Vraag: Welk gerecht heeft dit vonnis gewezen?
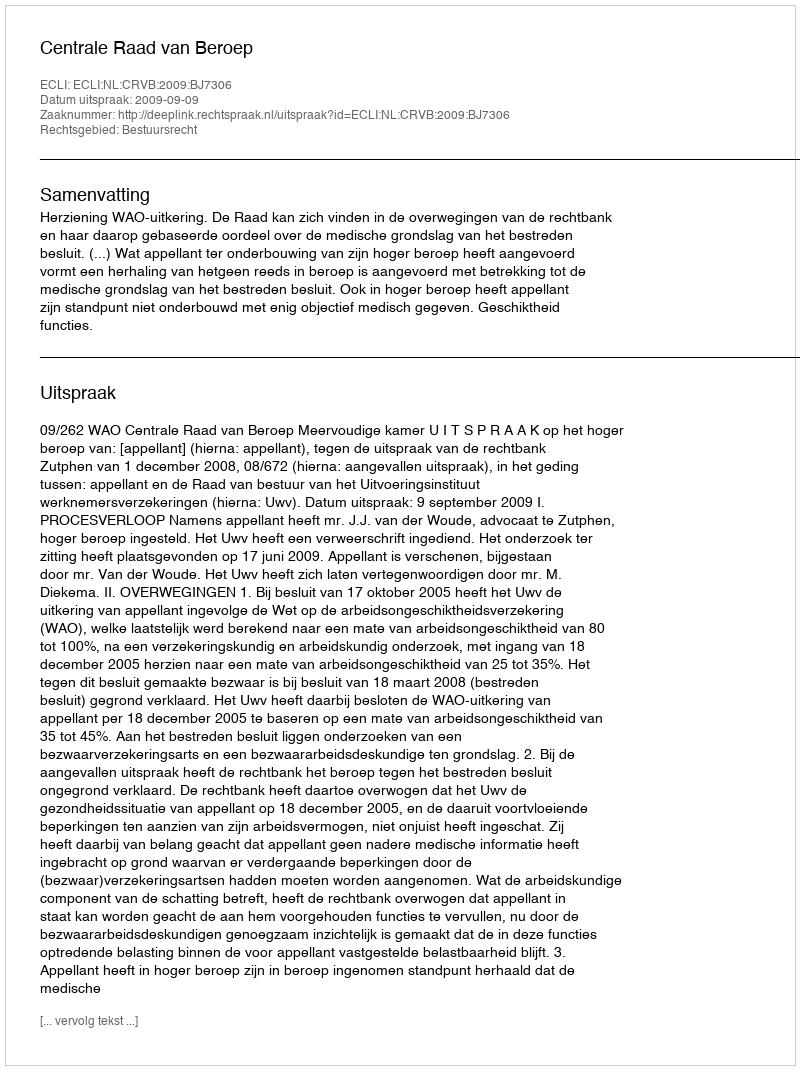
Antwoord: Centrale Raad van Beroep